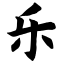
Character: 乐